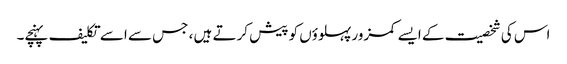
اس کی شخصیت کے ایسے کمزور پہلوؤں کو پیش کرتے ہیں ، جس سے اسے تکلیف پہنچے۔